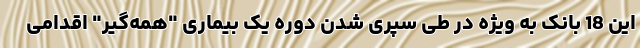
این 18 بانک به ویژه در طی سپری شدن دوره یک بیماری "همه‌گیر" اقدامی